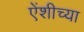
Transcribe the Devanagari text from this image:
एेंशीच्या